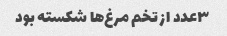
۳عدد از تخم مرغ‌ها شکسته بود